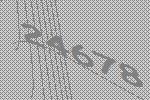
24678